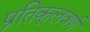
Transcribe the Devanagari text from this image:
प्रतिकूलवर्ण